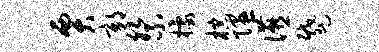
贾鄣祭檬棕隰宴蹙